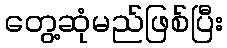
တွေ့ဆုံမည်ဖြစ်ပြီး